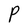
Character: P